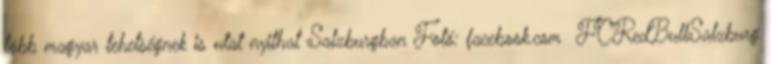
több magyar tehetségnek is utat nyithat Salzburgban Fotó: facebook.com FCRedBullSalzburg